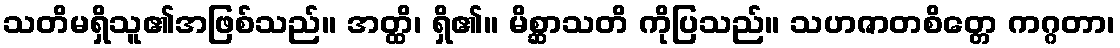
သတိမရှိသူ၏အဖြစ်သည်။ အတ္ထိ၊ ရှိ၏။ မိစ္ဆာသတိ ကိုပြသည်။ သဟဇာတစိတ္တေ ကဂ္ဂတာ၊